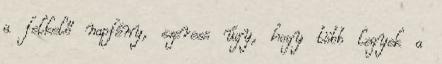
a felkelő napfény, szeress úgy, hogy több legyek a